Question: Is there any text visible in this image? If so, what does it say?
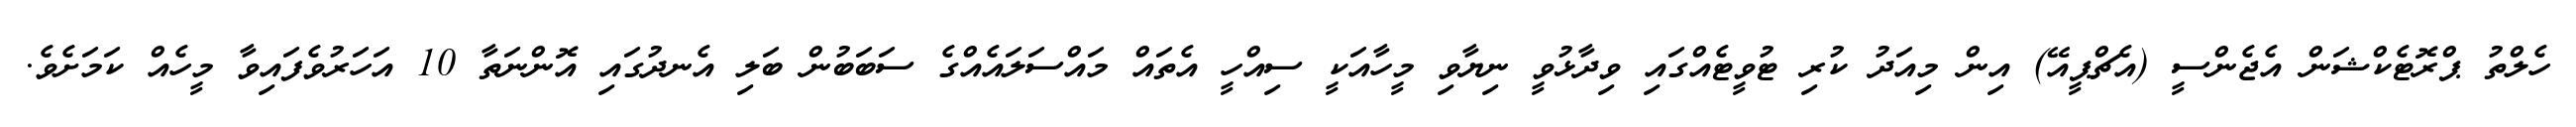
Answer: ހެލްތު ޕްރޮޓެކްޝަން އެޖެންސީ (އެޗްޕީއޭ) އިން މިއަދު ކުރި ޓުވީޓެއްގައި ވިދާޅުވީ ނިޔާވި މީހާއަކީ ސިއްހީ އެތައް މައްސަލައެއްގެ ސަބަބުން ބަލި އެނދުގައި އޮންނަތާ 10 އަހަރުވެފައިވާ މީހެއް ކަމަށެވެ.